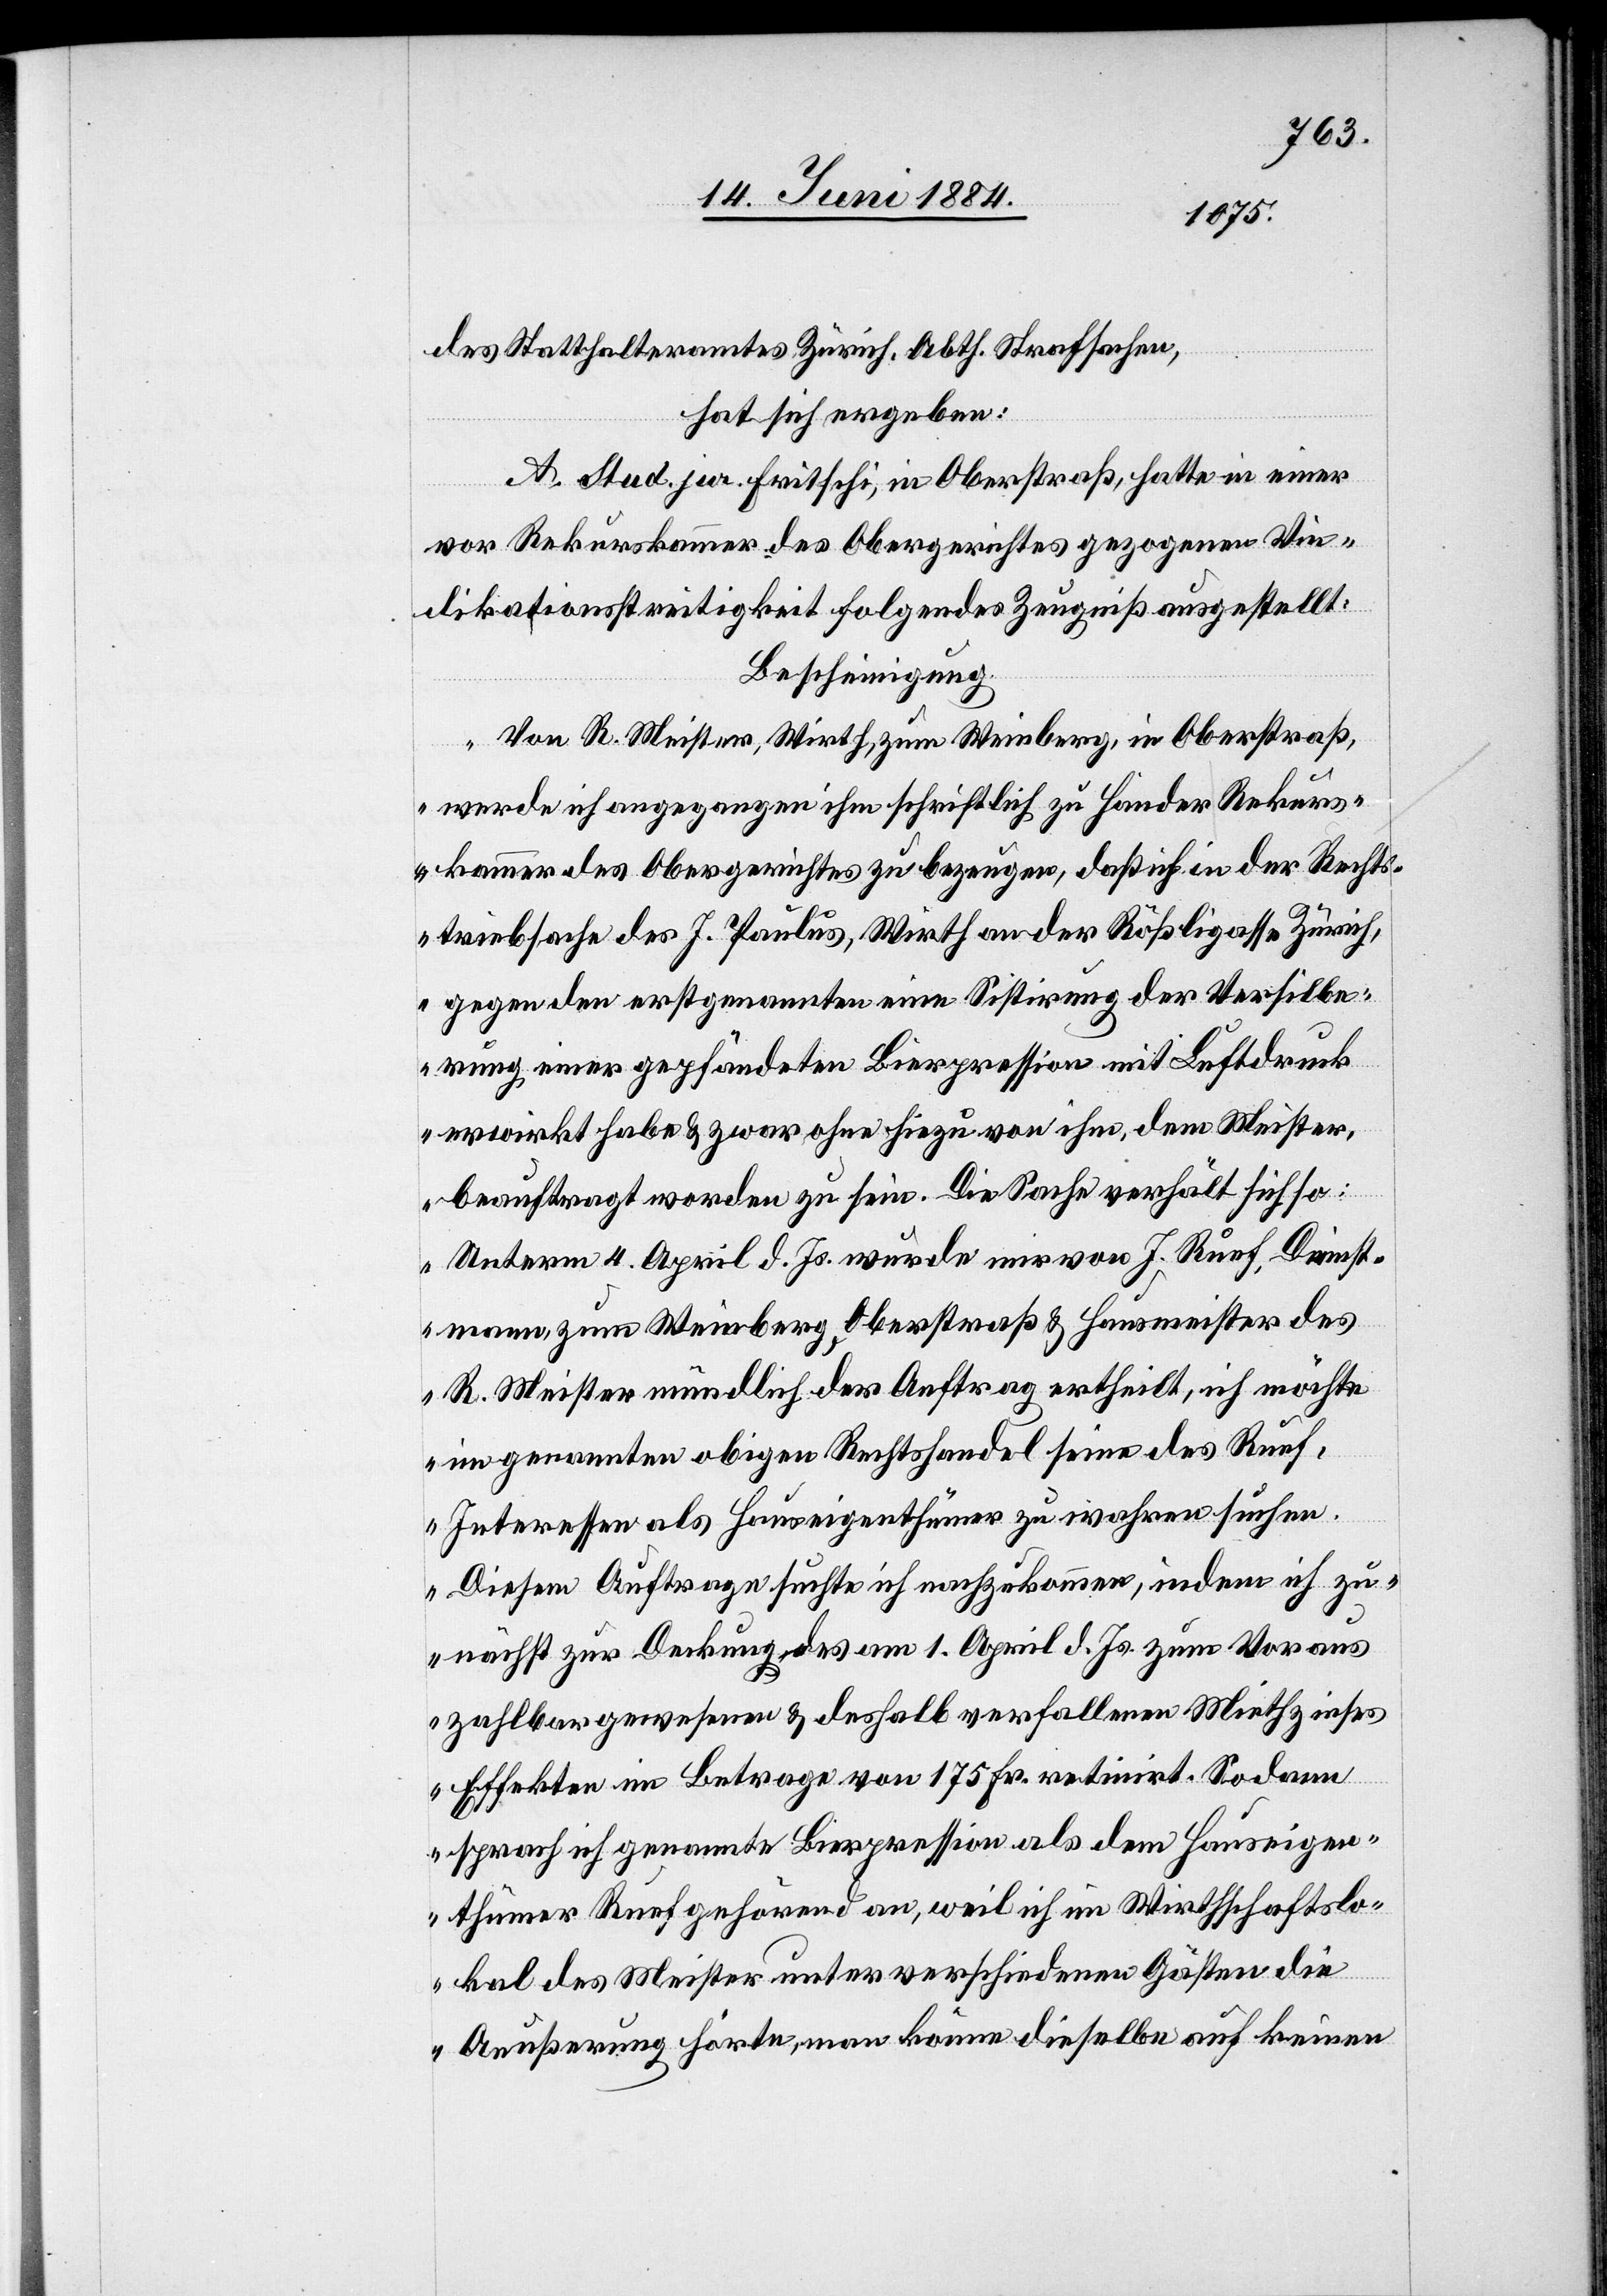
des Statthalteramtes Zürich, Abth. Strafsachen,
hat sich ergeben:
A. Stud. jur. Fritschi, in Oberstraß, hatte in einer
vor Rekurskammer des Obergerichtes gezogenen Vin¬
dikationstreitigkeit folgendes Zeugniß ausgestellt:
Bescheinigung.
„Von R. Meister, Wirth, zum Weinberg, in Oberstraß,
werde ich angegangen ihm schriftlich zu Hander [s¬
urskammer des Obergerichtes zu bezeugen, daß ich in der Rechts¬
triebsache des J. Paulus, Wirth an der Rößligasse Zürich,
gegen den erstgenannten eine Sistirung der Versilbe¬
rung einer gepfändeten Bierpression mit Luftdruck
erwirkt habe & zwar ohne hiezu von ihm, dem Meister,
beauftragt worden zu sein. Die Sache verhält sich so:
Unterm 4. April d. Js. wurde mir von J. Ruef, Dienst¬
mann zum Weinberg, Oberstraß & Hausmeister des
R. Meister mündlich der Auftrag ertheilt, ich möchte
im genannten obigen Rechtshandel seine[,] des Ruef,
Interessen als Hauseigenthümer zu wahren suchen.
Diesem Auftrage suchte ich nachzukommen, indem ich zu¬
nächst zur Deckung des am 1. April d. Js. zum Voraus
zahlbar gewesenen & deshalb verfallenen Miethzinses
Effekten im Betrage von 175 Fr. retinirt. Sodann
sprach ich genannte Bierpression als dem Hauseigen¬
thümer Ruef gehörend an, weil ich im Wirthschaftslo¬
Rek¬
kal des Meister unter verschiedenen Gästen die
Aueßerung hörte, man könne dieselbe auf keinen